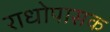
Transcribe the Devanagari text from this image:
राधोपासक